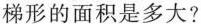
梯形的面积是多大?